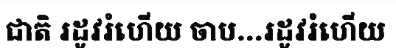
ជាតិ រដូវរំហើយ ចាប...រដូវរំហើយ